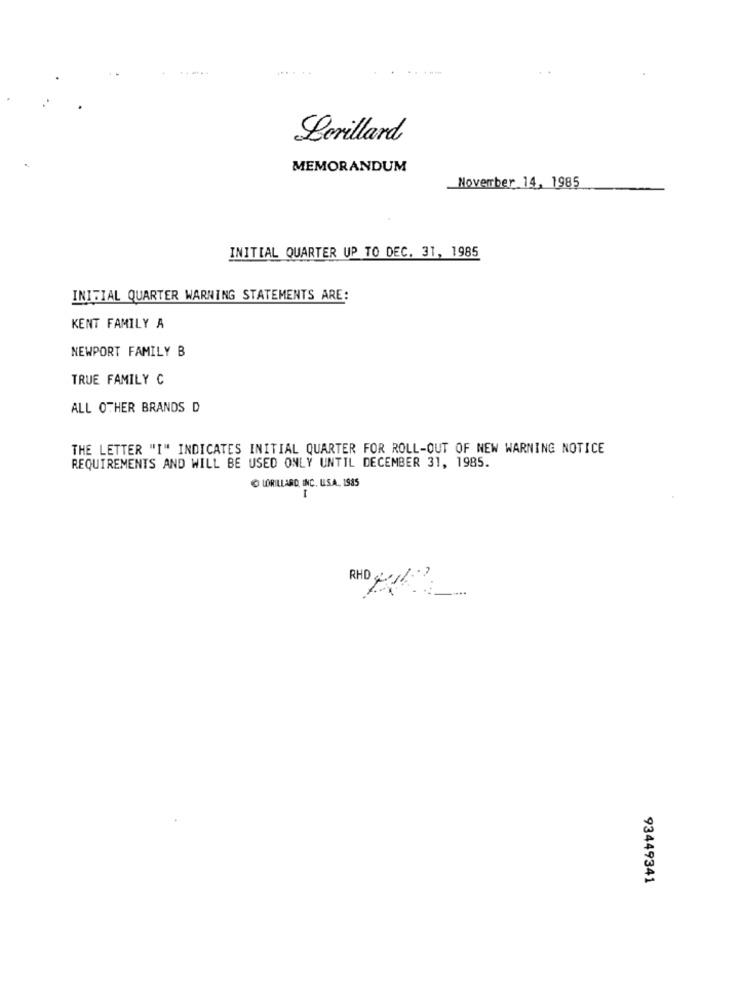
Lerillard
MEMORANDUM
November 14, 1985
INITIAL QUARTER UP TO DEC. 31, 1985
INITIAL QUARTER WARNING STATEMENTS ARE:
KENT FAMILY A
NEWPORT FAMILY B
TRUE FAMILY C
ALL OTHER BRANDS D
THE LETTER "I" INDICATES INITIAL QUARTER FOR ROLL-OUT OF NEW WARNING NOTICE
REQUIREMENTS AND WILL BE USED ONLY UNTIL DECEMBER 31, 1985.
LORILLARD, INC. USA. 1985
RHD gul2.
93449341